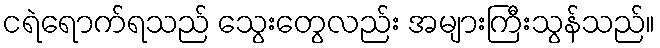
ငရဲရောက်ရသည် သွေးတွေလည်း အများကြီးသွန်သည်။